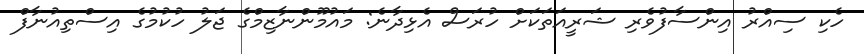
ހެކި ސިއްރު އިންސާފުވެރި ޝަރީއަތަކަށް ހުރަސް އެޅިދާނެ: މައުމޫންނާޒިމްގެ ޖަލު ހުކުމުގެ އިސްތިއުނާފް